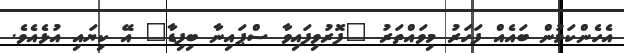
އެހެންކަމުން ބައެއް ފަހަރު މިވައްތަރު "ފޮރުވިފައިވާ ސްޕައިނާ ބިފިޑާ" އޭ ކިޔައި އުޅެއެވެ.